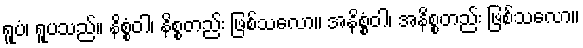
ရူပံ၊ ရူပသည်။ နိစ္စံဝါ၊ နိစ္စတည်း ဖြစ်သလော။ အနိစ္စံဝါ၊ အနိစ္စတည်း ဖြစ်သလော။